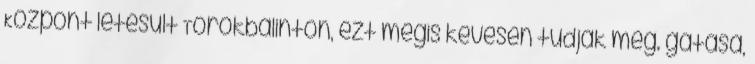
Központ létesült Törökbálinton, ezt mégis kevesen tudják még. gatása,